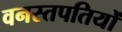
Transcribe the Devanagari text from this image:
वनस्तपतियों